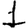
Digit: 1